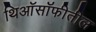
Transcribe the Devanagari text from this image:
थिऑसॉफीतील